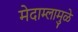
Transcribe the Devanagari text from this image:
मेदाम्लामुळे